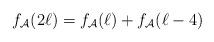
LaTeX: \begin{align*}f_\mathcal{A}(2\ell)=f_\mathcal{A}(\ell)+f_\mathcal{A}(\ell-4)\end{align*}